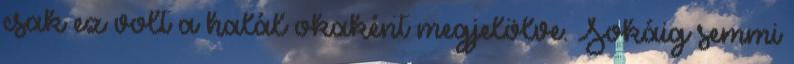
csak ez volt a halál okaként megjelölve. Sokáig semmi